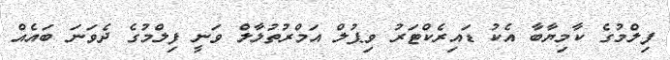
ފިލްމުގެ ކާމިޔާބާ އެކު ޑައިރެކްޓަރު ވިޕުލް އަމްރުތުލާލް ވަނީ ފިލްމުގެ ދެވަނަ ބައެއް